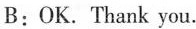
B:OK. Thank you.